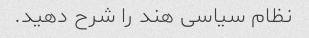
نظام سیاسی هند را شرح دهید.